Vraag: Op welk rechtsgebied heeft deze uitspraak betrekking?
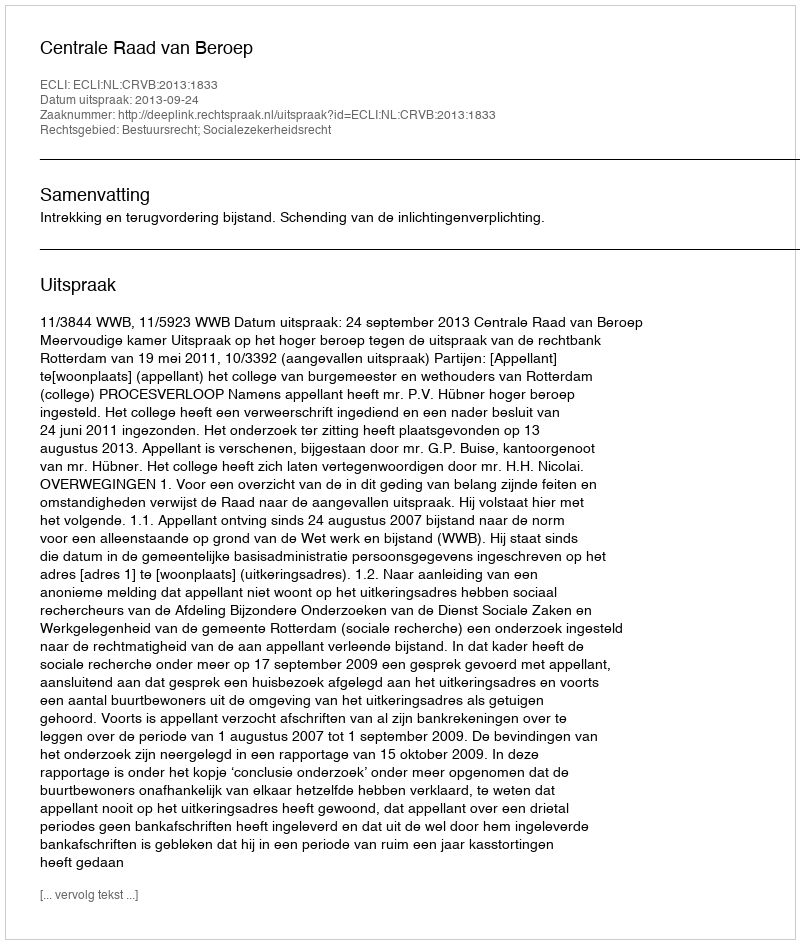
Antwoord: Bestuursrecht; Socialezekerheidsrecht